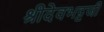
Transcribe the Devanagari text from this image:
श्रीदेवभट्टजी